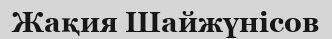
Жақия Шайжүнісов